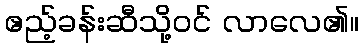
ဧည့်ခန်းဆီသို့ဝင် လာလေ၏။